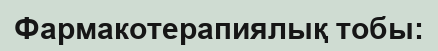
Фармакотерапиялық тобы: